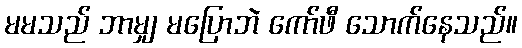
မမသည် ဘာမျှ မပြောဘဲ ကော်ဖီ သောက်နေသည်။